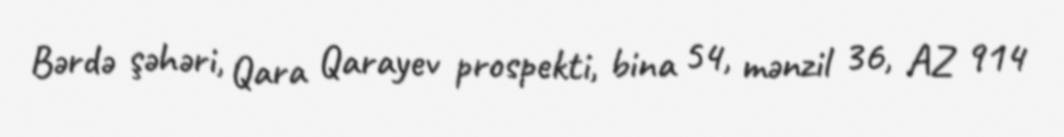
Bərdə şəhəri, Qara Qarayev prospekti, bina 54, mənzil 36, AZ 914